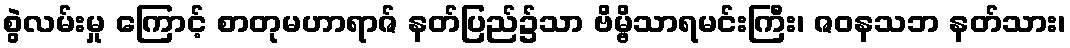
စွဲလမ်းမှု ကြောင့် စာတုမဟာရာဇ် နတ်ပြည်၌သာ ဗိမ္ဗိသာရမင်းကြီး၊ ဇဝနသဘ နတ်သား၊